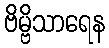
ဗိမ္ဗိသာရေန